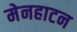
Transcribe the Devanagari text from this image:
मेनहाटन